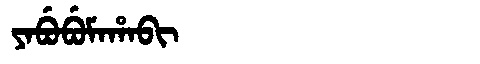
Manchu: ᠶᠠᠪᡠᠪᡠᠮᠠᡥᠠᠪᡳ
Romanization: YABUBUMAHABI